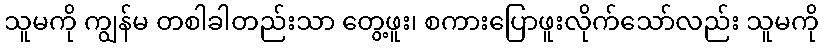
သူမကို ကျွန်မ တစါခါတည်းသာ တွေ့ဖူး၊ စကားပြောဖူးလိုက်သော်လည်း သူမကို